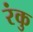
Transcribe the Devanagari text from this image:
रंकु